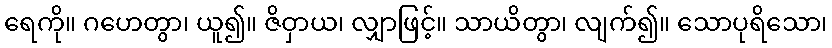
ရေကို။ ဂဟေတွာ၊ ယူ၍။ ဇိဝှာယ၊ လျှာဖြင့်။ သာယိတွာ၊ လျက်၍။ သောပုရိသော၊